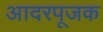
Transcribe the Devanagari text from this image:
आदरपूजक